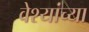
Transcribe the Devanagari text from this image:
वेश्यांच्या